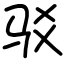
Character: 驳